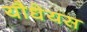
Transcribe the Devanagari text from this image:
यौधेयस